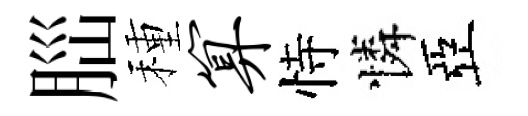
𦛁種算恃憐亞